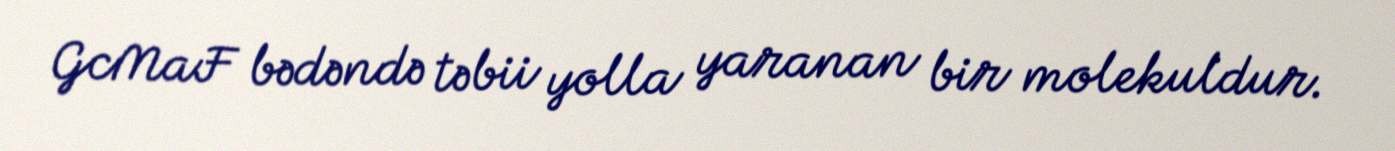
GcMaF bədəndə təbii yolla yaranan bir molekuldur.